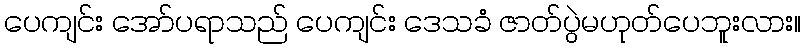
ပေကျင်း အော်ပရာသည် ပေကျင်း ဒေသခံ ဇာတ်ပွဲမဟုတ်ပေဘူးလား။